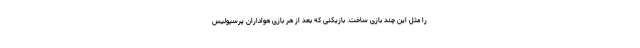
را مثل این چند بازی ساخت. بازیکنی که بعد از هر بازی هواداران پرسپولیس